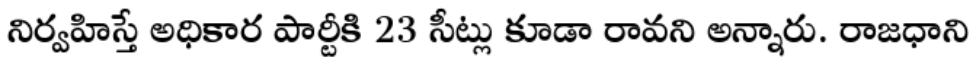
నిర్వహిస్తే అధికార పార్టీకి 23 సీట్లు కూడా రావని అన్నారు. రాజధాని